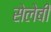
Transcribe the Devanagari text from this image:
सेलेबी